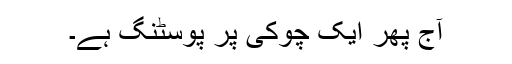
آج پھر ایک چوکی پر پوسٹنگ ہے۔